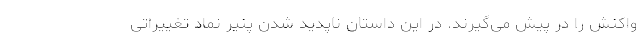
واکنش را در پیش می‌گیرند. در این داستان ناپدید شدن پنیر نماد تغییراتی